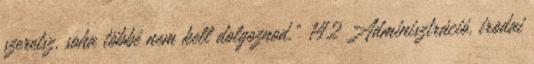
szeretsz, soha többé nem kell dolgoznod." 142 Adminisztráció, irodai